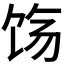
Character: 𬲰